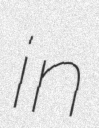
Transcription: in